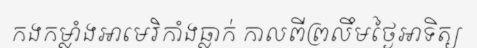
កងកម្លាំងអាមេរិកាំងធ្លាក់ កាលពីព្រលឹមថ្ងៃអាទិត្យ